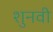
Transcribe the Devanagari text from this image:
शुनवी